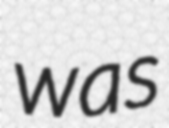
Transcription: was